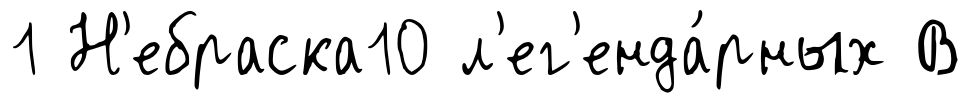
1 Н'ебраска10 л'ег'енда́рных В